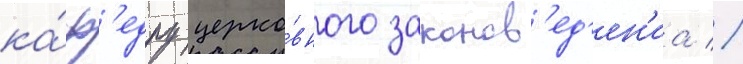
ка́ф'едру церко́вного законов'ед'ен'иа //